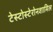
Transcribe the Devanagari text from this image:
टेस्टोस्टेरोनशामिल